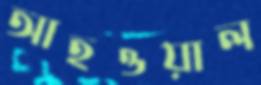
আহওয়াল